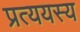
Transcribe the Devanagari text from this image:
प्रत्ययस्य